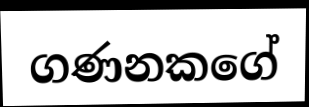
ගණනකගේ